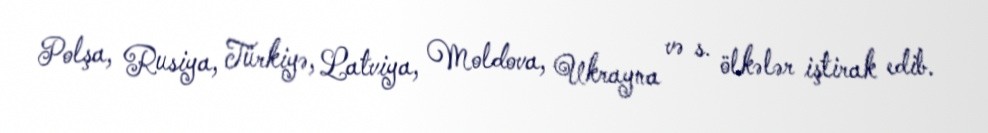
Polşa, Rusiya, Türkiyə, Latviya, Moldova, Ukrayna və s. ölkələr iştirak edib.